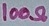
Text: 100Ω